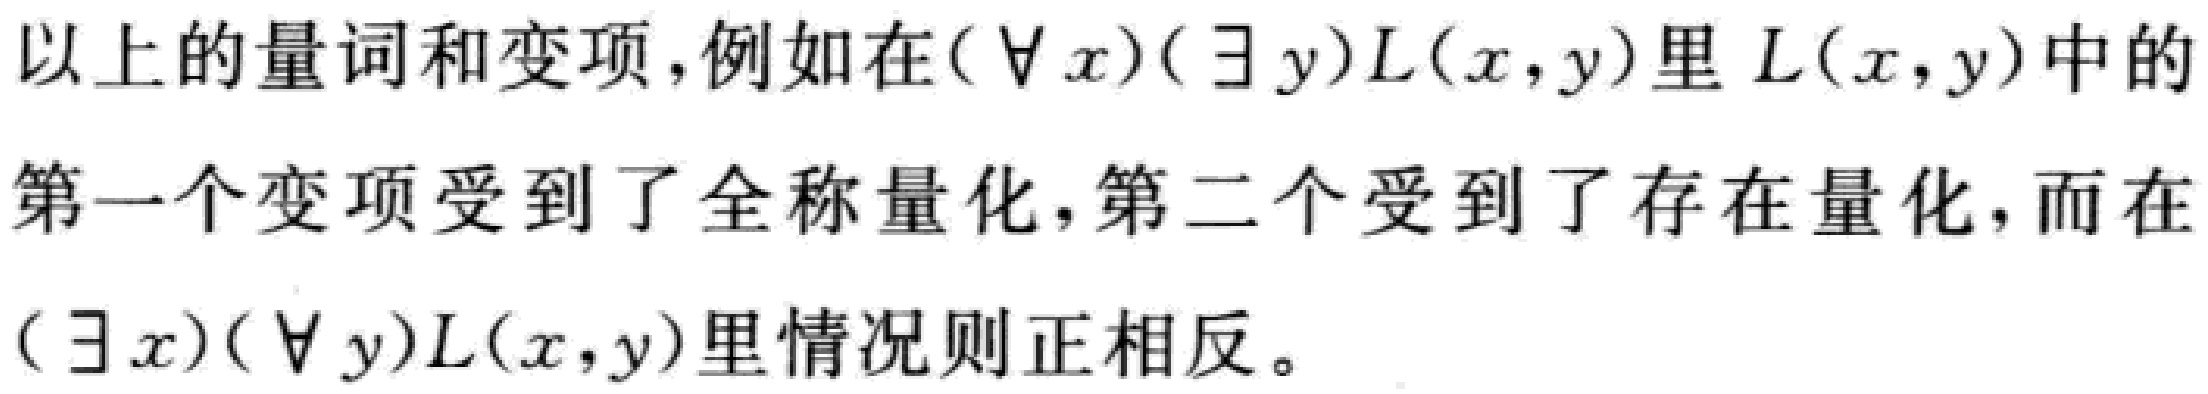
以上的量词和变项,例如在$(\forall x)(\exists y)L(x,y)$里$L(x,y)$中的第一个变项受到了全称量化,第二个受到了存在量化,而在$(\exists x)(\forall y)L(x,y)$里情况则正相反。